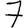
Digit: 7